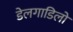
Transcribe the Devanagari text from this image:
डेलगाडिलो